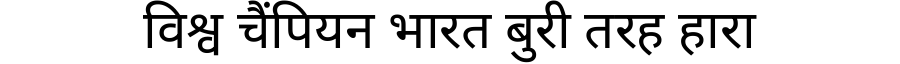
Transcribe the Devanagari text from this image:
विश्व चैंपियन भारत बुरी तरह हारा